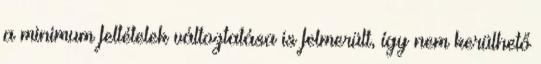
a minimum feltételek változtatása is felmerült, így nem kerülhető